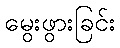
မွေးဖွားခြင်း